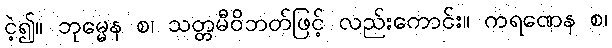
ငဲ့၍။ ဘုမ္မေန စ၊ သတ္တမီဝိဘတ်ဖြင့် လည်းကောင်း။ ကရဏေန စ၊